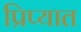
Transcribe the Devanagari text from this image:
प्रिप्यात